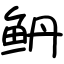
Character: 鿕